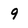
Character: 9